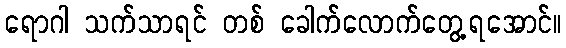
ရောဂါ သက်သာရင် တစ် ခေါက်လောက်တွေ့ရအောင်။